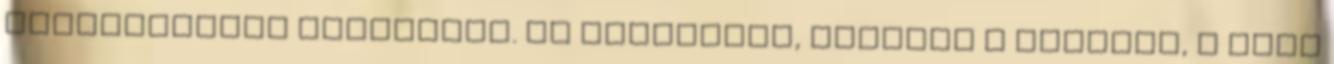
körvonalakká alakítani. Az eszköztár, illetve a Színtár, a Szín